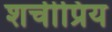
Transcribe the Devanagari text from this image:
शचीप्रिय